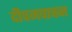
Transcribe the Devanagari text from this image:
दीपनपाचन